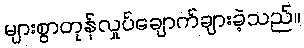
များစွာတုန်လှုပ်ချောက်ချားခဲ့သည်။